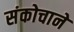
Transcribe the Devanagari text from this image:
संकोचाने